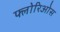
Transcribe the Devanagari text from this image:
फ्लोरिओस